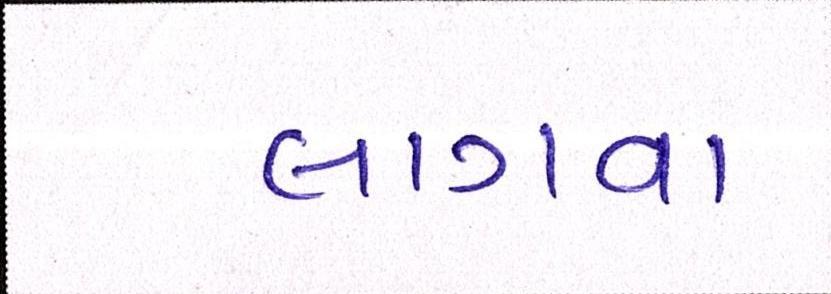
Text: લાગવા